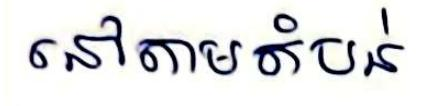
នៅតាមតំបន់